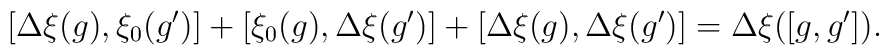
[\Delta\xi(g),\xi_0(g')]+[\xi_0(g),\Delta \xi(g')]+[\Delta \xi(g),\Delta\xi(g')]=\Delta\xi([g,g']).